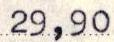
29,90